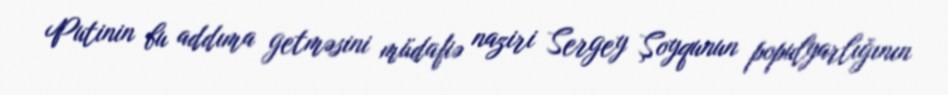
Putinin bu addıma getməsini müdafiə naziri Sergey Şoyqunun populyarlığının